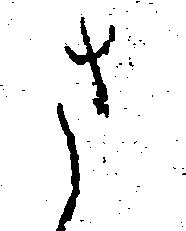
さ